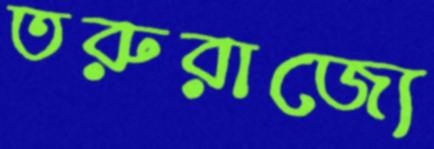
তরুরাজ্যে